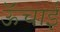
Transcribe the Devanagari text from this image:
ऊॅंचाई